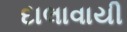
દાલાવાયી